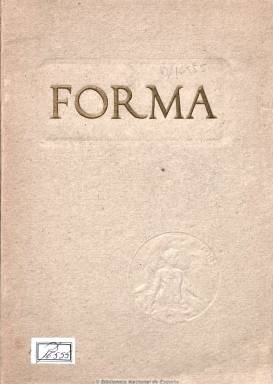
Título: Forma (Barcelona)
Colección: Arte
Ámbito geográfico: Barcelona
Lugar de publicación: Barcelona
Fechas: 01/01/1904-31/12/1908

Subtitulada como “revista artística mensual” y escrita en francés y en español, es una publicación ilustrada de arte español antiguo y moderno dedicada a las bellas artes, especialmente a la pintura y escultura, pero ofrece también, junto a la crítica artística, la literaria e información y crónicas sobre exposiciones, como la V Exposición Internacional de Bellas Artes de Barcelona o la hispano-francesa celebrada en Zaragoza, así como sobre antigüedades, etc. Basada en los modelos parisinos, según Juan Miguel Sánchez Vigil, es el intento más serio e importante de continuación de la tradición de las revistas catalanas de principios de siglo Quatre gats y Pèl & Ploma, a juicio de Joan Torrent y Rafael Tasis. Fue creada y dirigida por uno de los principales protagonistas del modernismo plástico catalán, Miquel Utrillo y Morlius (1862-1934), quien junto a Ramón Casas, la financió.

Publica un total de 26 números, con frecuencia mensual, desde febrero de 1904 hasta primeros de 1908. El título de su cubierta se imprime en relieve y en oro y su encuadernación es en rústica. Salió impresa en papel cuché del taller gráfico del grabador catalán Josep Thomas Bigas. Cada número, en torno al medio centenar de páginas, publica una media de unas cincuenta ilustraciones y una decena de láminas a color, así como fotografías.

Calificada de “exquisita y minoritaria”, cada número está dedicado a un artista (Sorolla, Zuloaga, Ruiseñor, etc.) y es una de las primeras publicaciones que se ocupa del joven Pablo Picasso. Aparecen textos tanto de Miquel Utrillo, como de Juan Ramón Jiménez, Francisco Acebal, Luis de Zulueta o José Pijoán, entre otros; así como reproducción de obras del ya citado Ramón Casas, y de Juan Broll, Ricardo Baroja, Manuel Benedito y Joaquín Mir, entre otros.